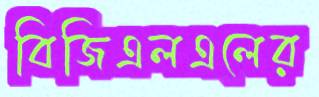
বিজিএলএলের